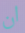
ان